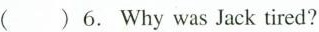
( )6. Why was Jack tired?